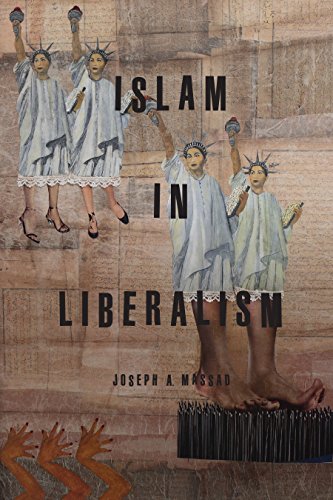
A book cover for Islam in Liberalism; Joseph A. Massad; Religion & Spirituality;